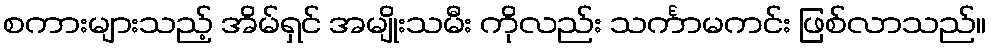
စကားများသည့် အိမ်ရှင် အမျိုးသမီး ကိုလည်း သင်္ကာမကင်း ဖြစ်လာသည်။